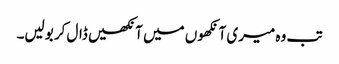
تب وہ میری آنکھوں میں آنکھیں ڈال کر بولیں۔